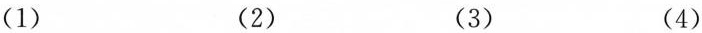
(1)(2)(3)(4)